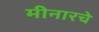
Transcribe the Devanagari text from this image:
मीनारचे